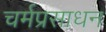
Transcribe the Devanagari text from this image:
चर्मप्रसाधन